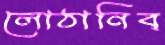
লোঠানিব্